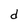
Character: d